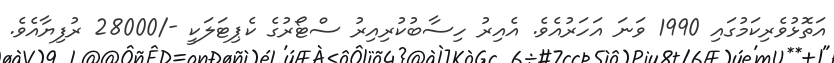
އަތޮޅުވެރިކަމުގައި 1990 ވަނަ އަހަރުއެވެ. އެއިރު ހިސާބުކުރިއިރު ސްޓޯރުގެ ކެޕިޓަލަކީ -/28000 ރުފިޔާއެވެ.